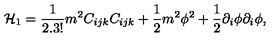
{ \cal H } _ { 1 } = \frac { 1 } { 2 . 3 ! } m ^ { 2 } C _ { i j k } C _ { i j k } + \frac { 1 } { 2 } m ^ { 2 } \phi ^ { 2 } + \frac { 1 } { 2 } \partial _ { i } \phi \partial _ { i } \phi ,